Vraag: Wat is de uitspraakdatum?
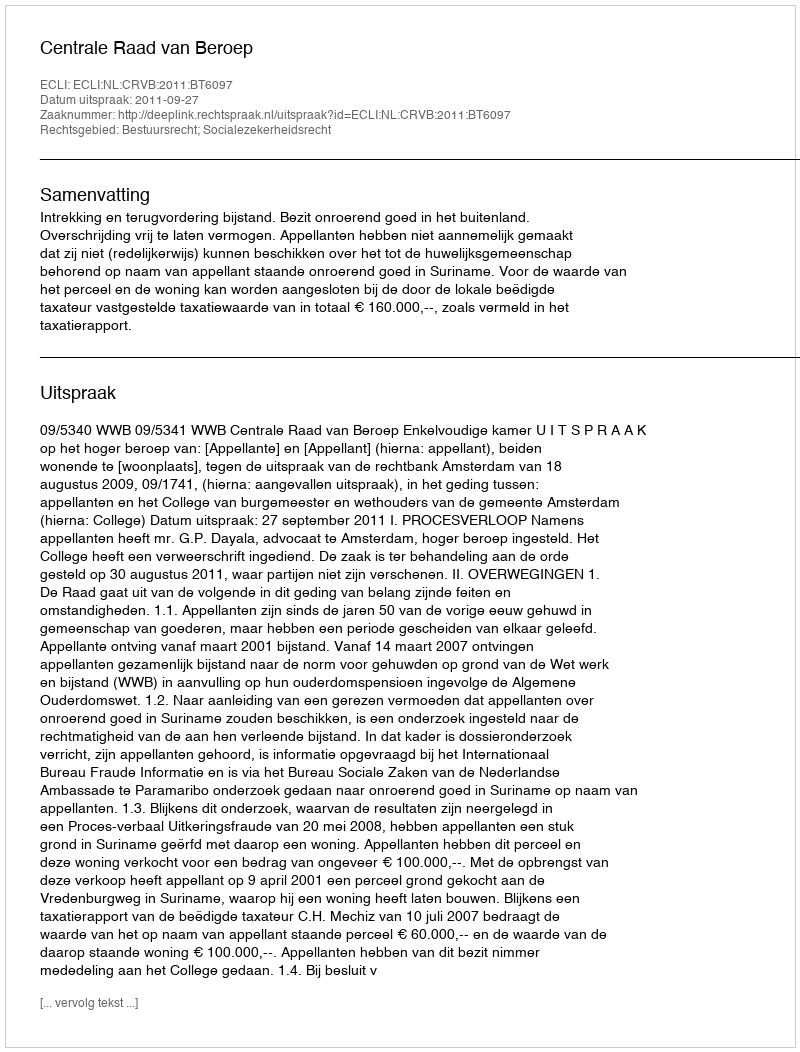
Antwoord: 2011-09-27